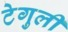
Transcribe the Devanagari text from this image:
टेगुली